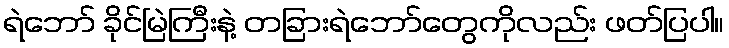
ရဲဘော် ခိုင်မြဲကြီးနဲ့ တခြားရဲဘော်တွေကိုလည်း ဖတ်ပြပါ။